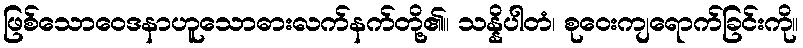
ဖြစ်သောဝေဒနာဟူသောဓားလက်နက်တို့၏။ သန္နိပါတံ၊ စုဝေးကျရောက်ခြင်းကို။